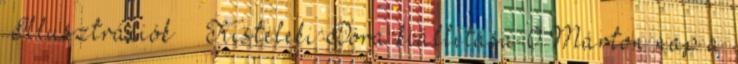
“Illusztrációk” – Kisteleki Dóra kiállítása 0 Márton nap a